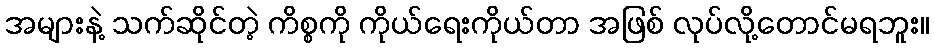
အများနဲ့ သက်ဆိုင်တဲ့ ကိစ္စကို ကိုယ်ရေးကိုယ်တာ အဖြစ် လုပ်လို့တောင်မရဘူး။